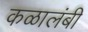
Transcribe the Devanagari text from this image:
कळालंबी